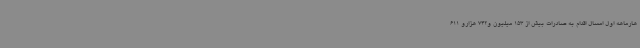
هارماهه اول امسال اقدام به صادرات بیش از 153 میلیون و742 هزارو 611